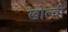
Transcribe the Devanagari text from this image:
खोल्वी